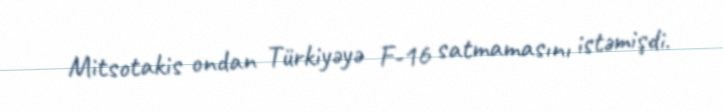
Mitsotakis ondan Türkiyəyə F-16 satmamasını istəmişdi.